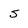
Character: s